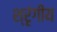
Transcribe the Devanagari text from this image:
श्रृंगीय